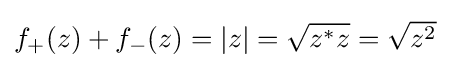
{\textstyle f_{+}(z)+f_{-}(z)=|z|={\sqrt {z^{*}z}}={\sqrt {z^{2}}}}